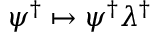
\psi ^ { \dagger } \mapsto \psi ^ { \dagger } \lambda ^ { \dagger }